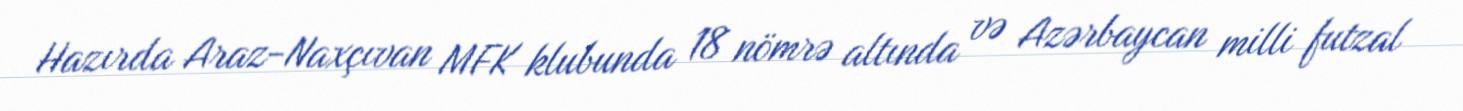
Hazırda Araz-Naxçıvan MFK klubunda 18 nömrə altında və Azərbaycan milli futzal